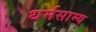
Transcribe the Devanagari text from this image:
धर्मसाम्य